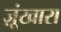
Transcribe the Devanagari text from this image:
ज़ूंखारा